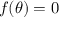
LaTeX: f ( \theta ) = 0